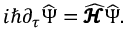
i \hbar \partial _ { \tau } { \widehat { \boldsymbol { \Psi } } } = { \widehat { \pmb { \mathscr { H } } } } { \widehat { \boldsymbol { \Psi } } } .